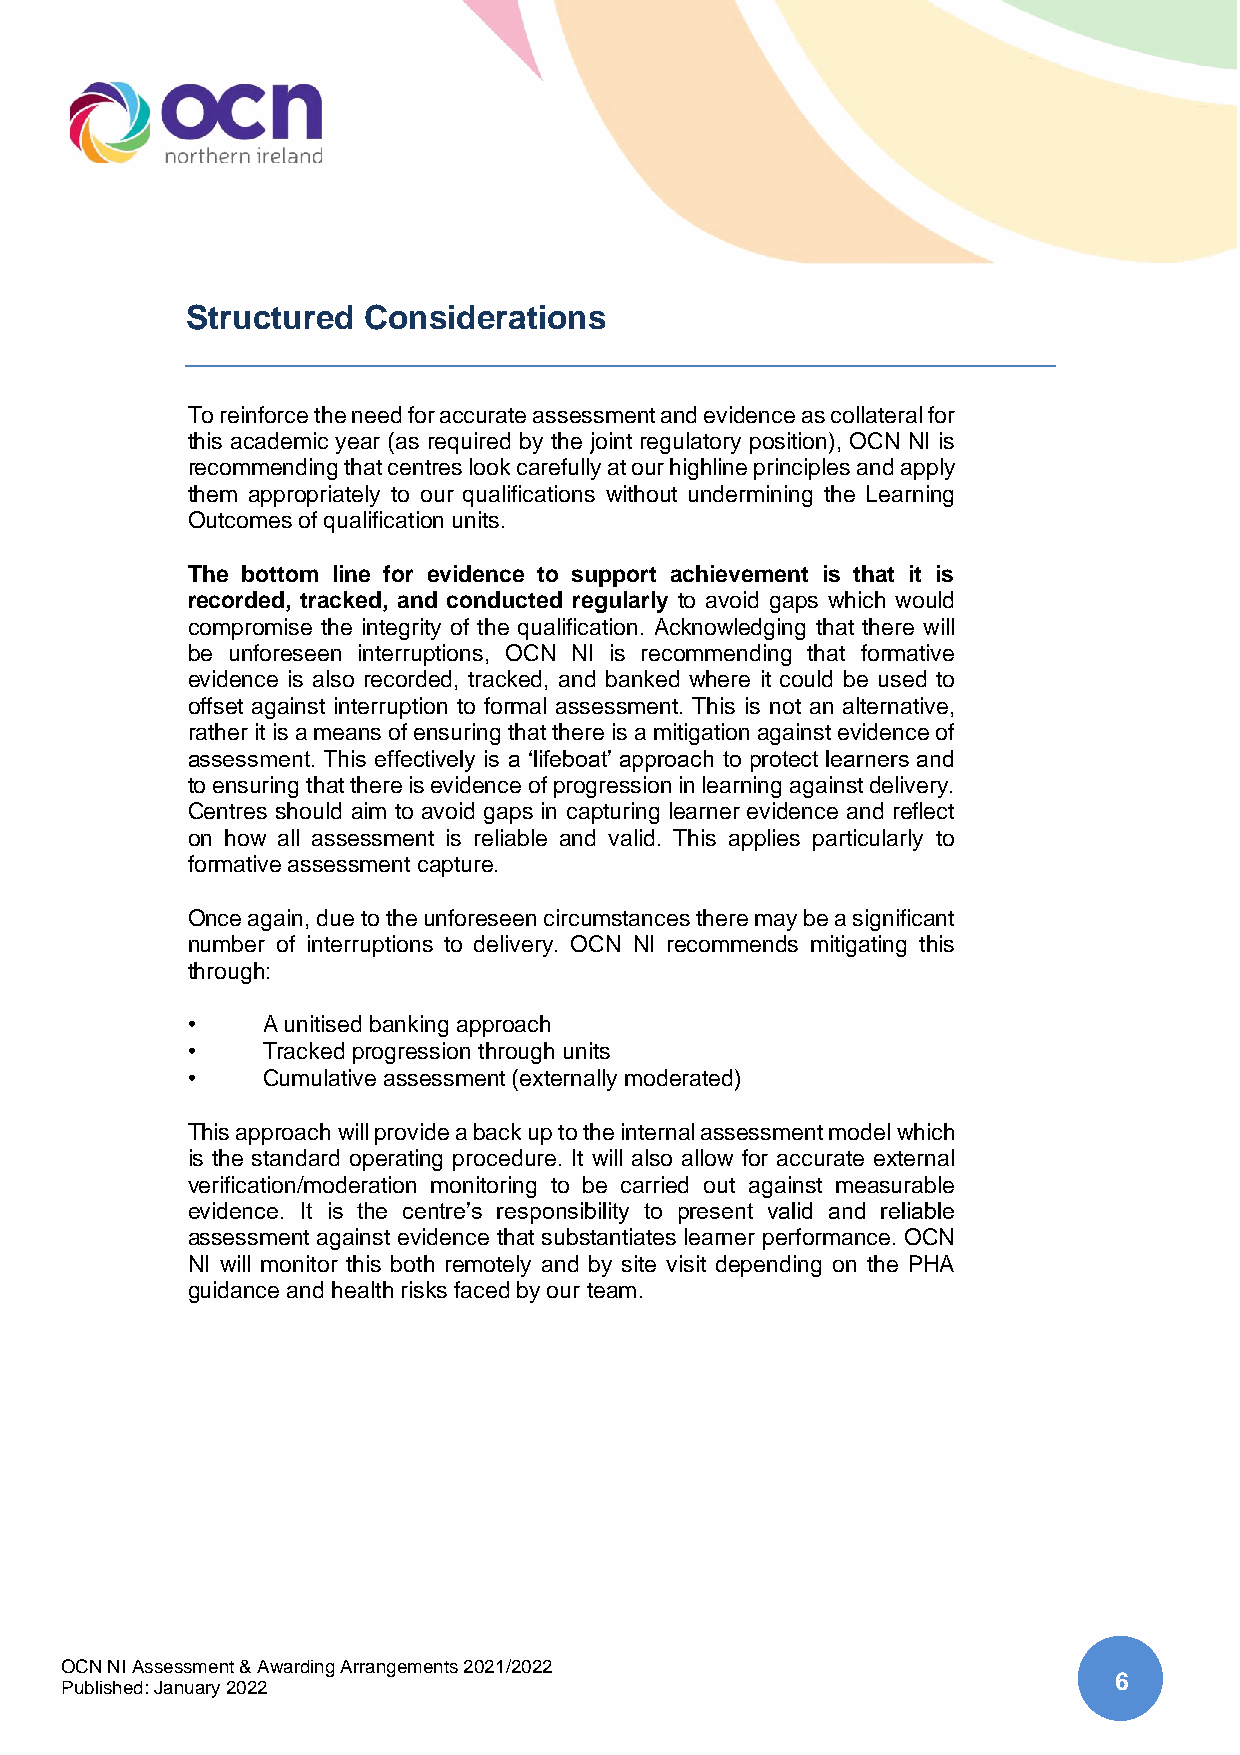
Structured  Considerations
 To reinforce the need for accurate assessment and evidence as collateral for
 this academic year (as required by the joint regulatory position), OCN NI is
 recommending that centres look carefully at our highline principles and apply
 them appropriately to our qualifications without undermining the Learning
 Outcomes of qualification units.
 The bottom line for evidence to support achievement is that it is
 recorded, tracked, and conducted regularly to avoid gaps which would
 compromise the integrity of the qualification. Acknowledging that there will
 be unforeseen interruptions, OCN NI is recommending that formative
 evidence is also recorded, tracked, and banked where it could be used to
 offset against interruption to formal assessment. This is not an alternative,
 rather it is a means of ensuring that there is a mitigation against evidence of
 assessment. This effectively is a ‘lifeboat’ approach to protect learners and
 to ensuring that there is evidence of progression in learning against delivery.
 Centres should aim to avoid gaps in capturing learner evidence and reflect
 on how all assessment is reliable and valid. This applies particularly to
 formative assessment capture.
 Once again, due to the unforeseen circumstances there may be a significant
 number of interruptions to delivery. OCN NI recommends mitigating this
 through:
 •    A unitised banking approach
 •    Tracked progression through units
 •    Cumulative assessment (externally moderated)
 This approach will provide a back up to the internal assessment model which
 is the standard operating procedure. It will also allow for accurate external
 verification/moderation monitoring to be carried out against measurable
 evidence. It is the centre’s responsibility to present valid and reliable
 assessment against evidence that substantiates learner performance. OCN
 NI will monitor this both remotely and by site visit depending on the PHA
 guidance and health risks faced by our team.
 OCN NI Assessment & Awarding Arrangements 2021/2022
 6
 Published: January 2022